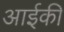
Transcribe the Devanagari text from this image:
आईकी